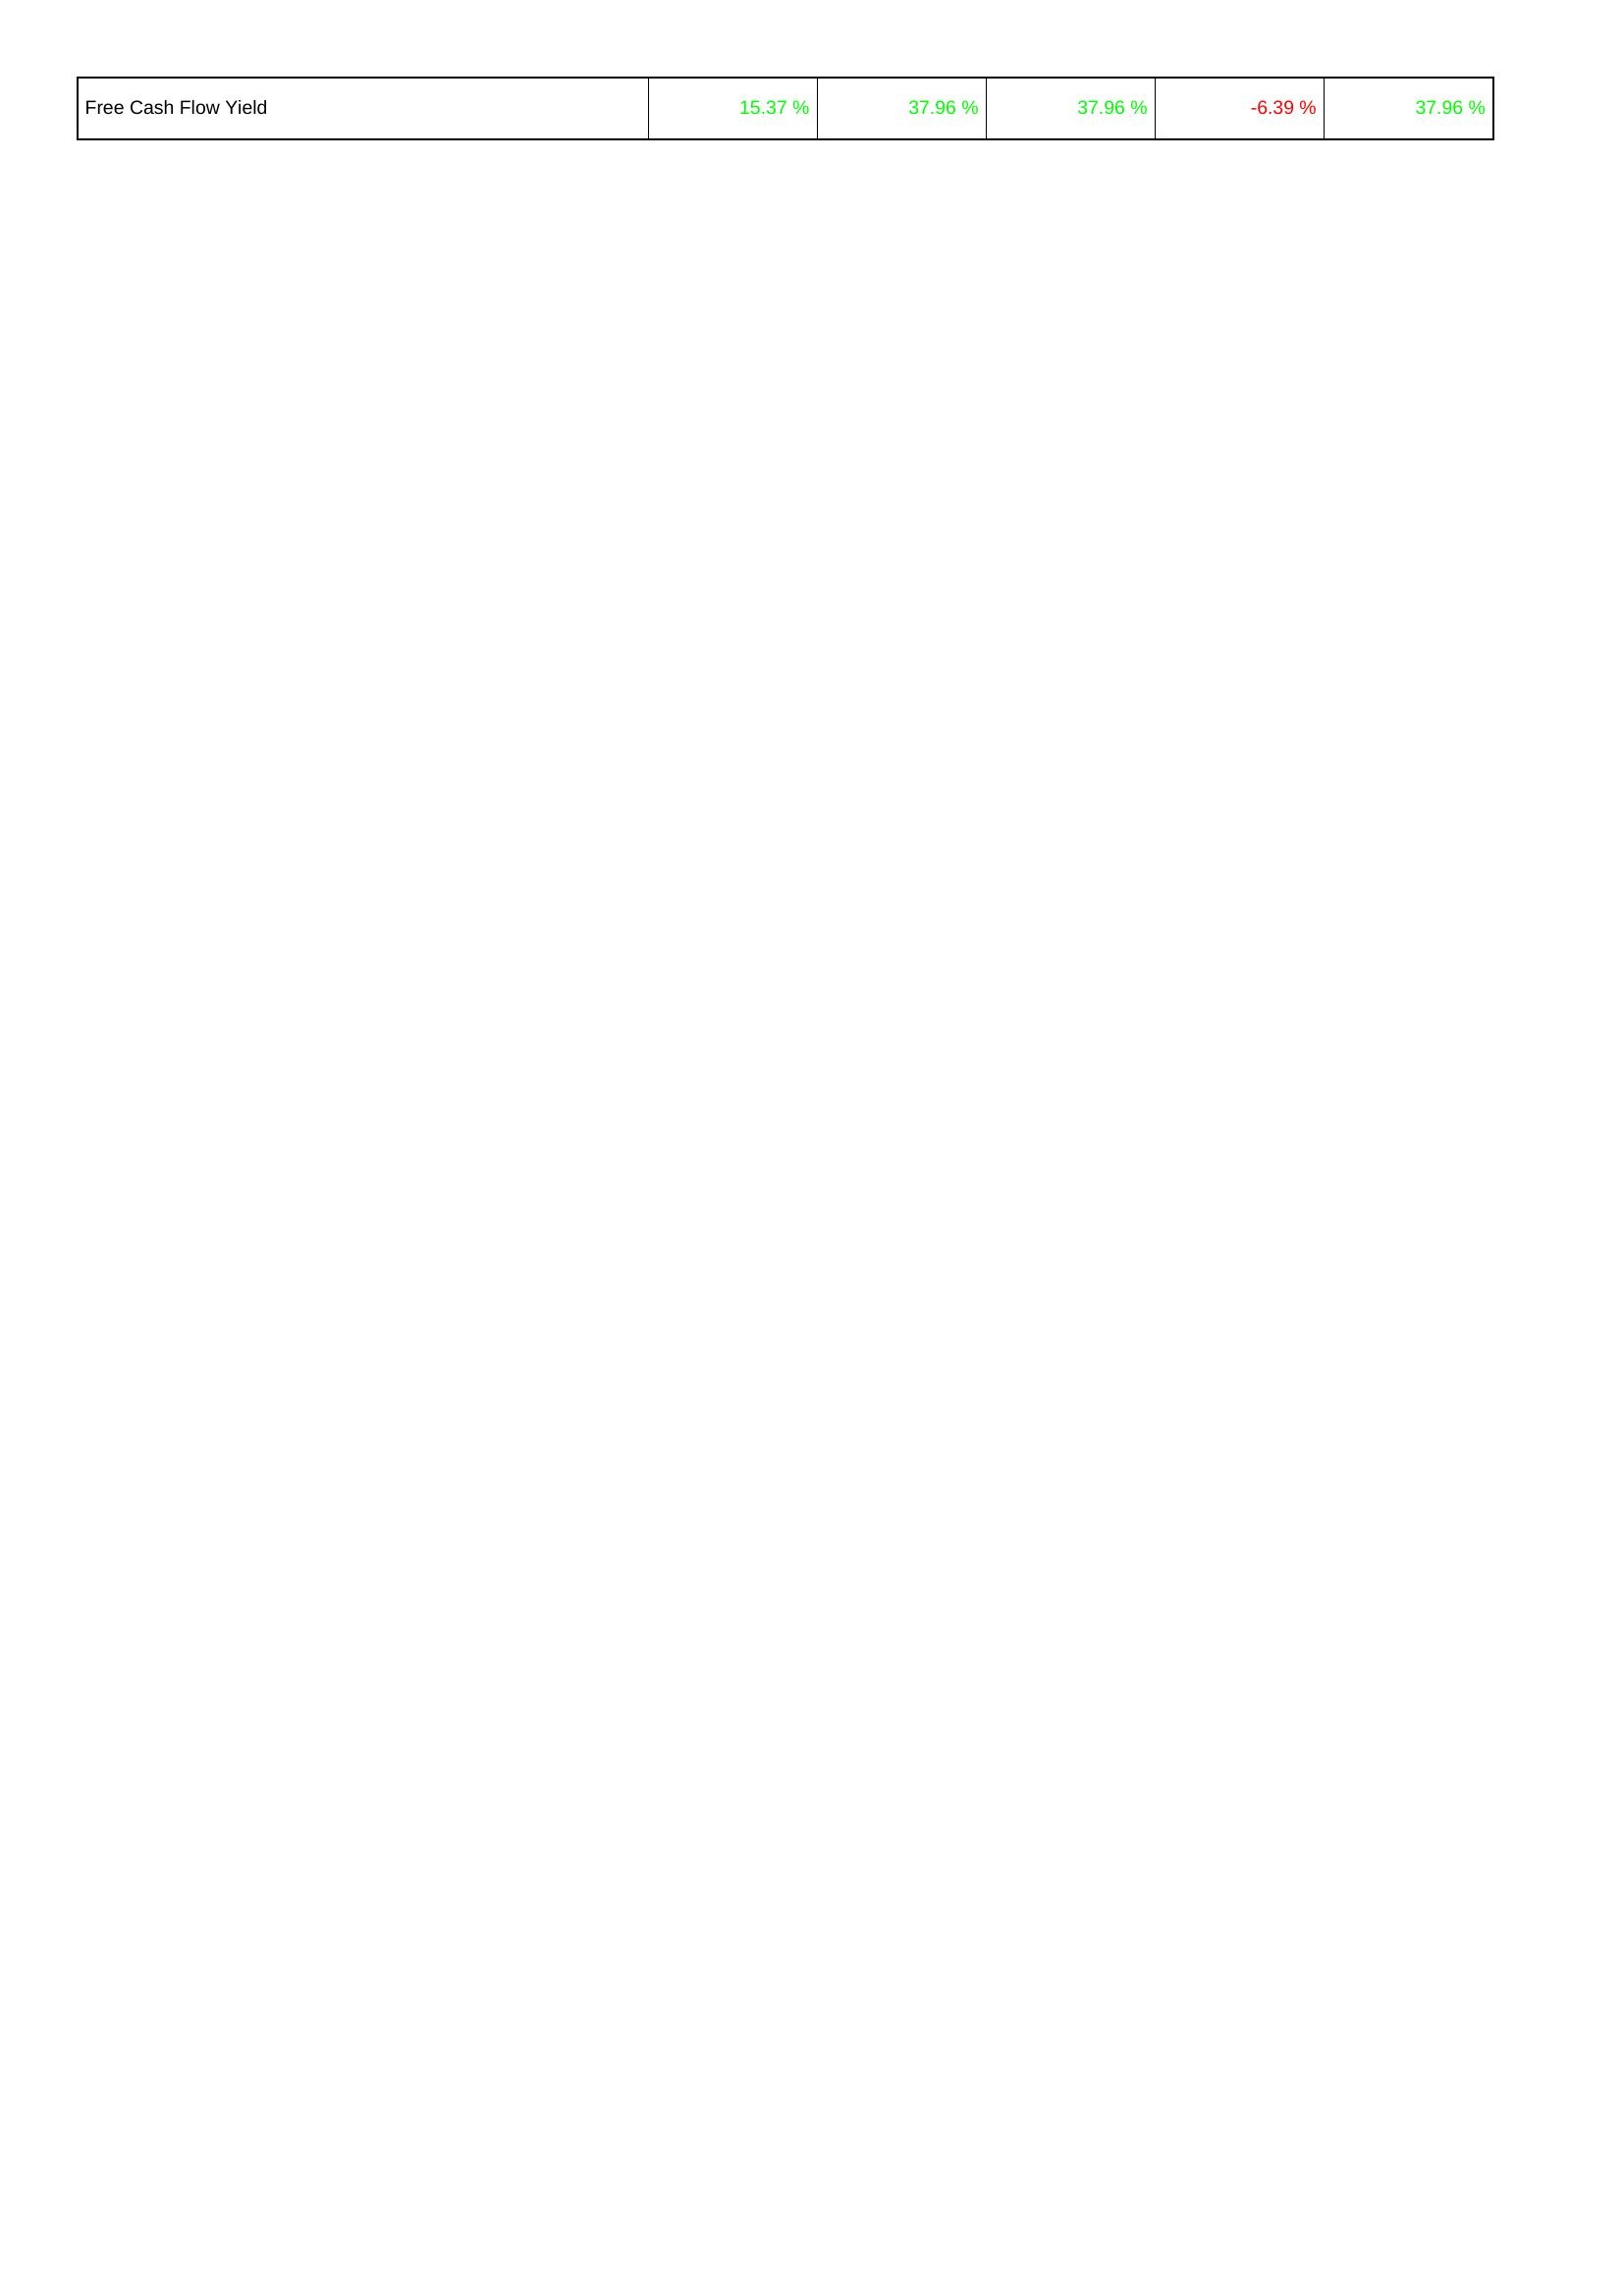
2021: Financing Activities: Free Cash Flow Yield: 15.37 %
2020: Financing Activities: Free Cash Flow Yield: 37.96 %
2019: Financing Activities: Free Cash Flow Yield: 37.96 %
2018: Financing Activities: Free Cash Flow Yield: -6.39 %
2017: Financing Activities: Free Cash Flow Yield: 37.96 %